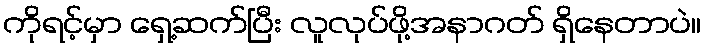
ကိုရင့်မှာ ရှေ့ဆက်ပြီး လူလုပ်ဖို့အနာဂတ် ရှိနေတာပဲ။